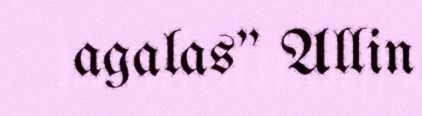
agalas" Allin